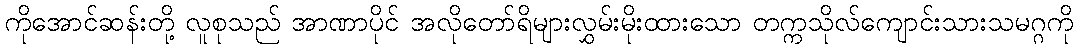
ကိုအောင်ဆန်းတို့ လူစုသည် အာဏာပိုင် အလိုတော်ရိများလွှမ်းမိုးထားသော တက္ကသိုလ်ကျောင်းသားသမဂ္ဂကို